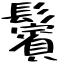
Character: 鬢